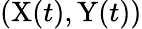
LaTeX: \left(\mathrm{X}(t),\mathrm{Y}(t)\right)